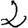
Digit: 2